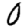
Digit: 0